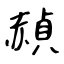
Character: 赬